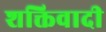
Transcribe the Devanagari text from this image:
शक्तिवादी